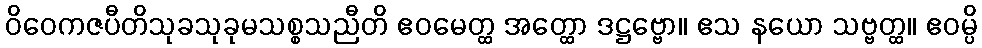
ဝိဝေကဇပီတိသုခသုခုမသစ္စသညီတိ ဧဝမေတ္ထ အတ္ထော ဒဋ္ဌဗ္ဗော။ ဧသ နယော သဗ္ဗတ္ထ။ ဧဝမ္ပိ